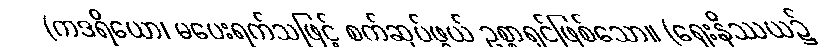
(ကဒရိယော၊ မပေးရက်သဖြင့် စက်ဆုပ်ဖွယ် ဥစ္စာရှင်ဖြစ်သော။ (ရှေးနိဿယ၌